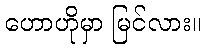
ဟောဟိုမှာ မြင်လား။